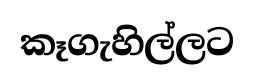
කෑගැහිල්ලට